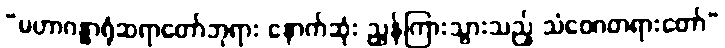
“မဟာဂန္ဓာရုံဆရာတော်ဘုရား နောက်ဆုံး ညွှန်ကြားသွားသည့် သံဝေဂတရားတော်”